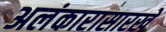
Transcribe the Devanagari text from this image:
अलंकारासारखे